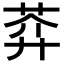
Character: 𦲈